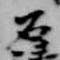
石